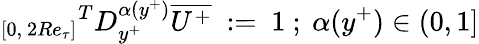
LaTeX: {_{[0,~2Re_{\tau}]}}^{T}D_{y^{+}}^{\alpha(y^{+})}\overline{{U^{+}}}~:=~1~;~\alpha(y^{+})\in(0,1]